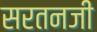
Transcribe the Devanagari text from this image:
सरतनजी